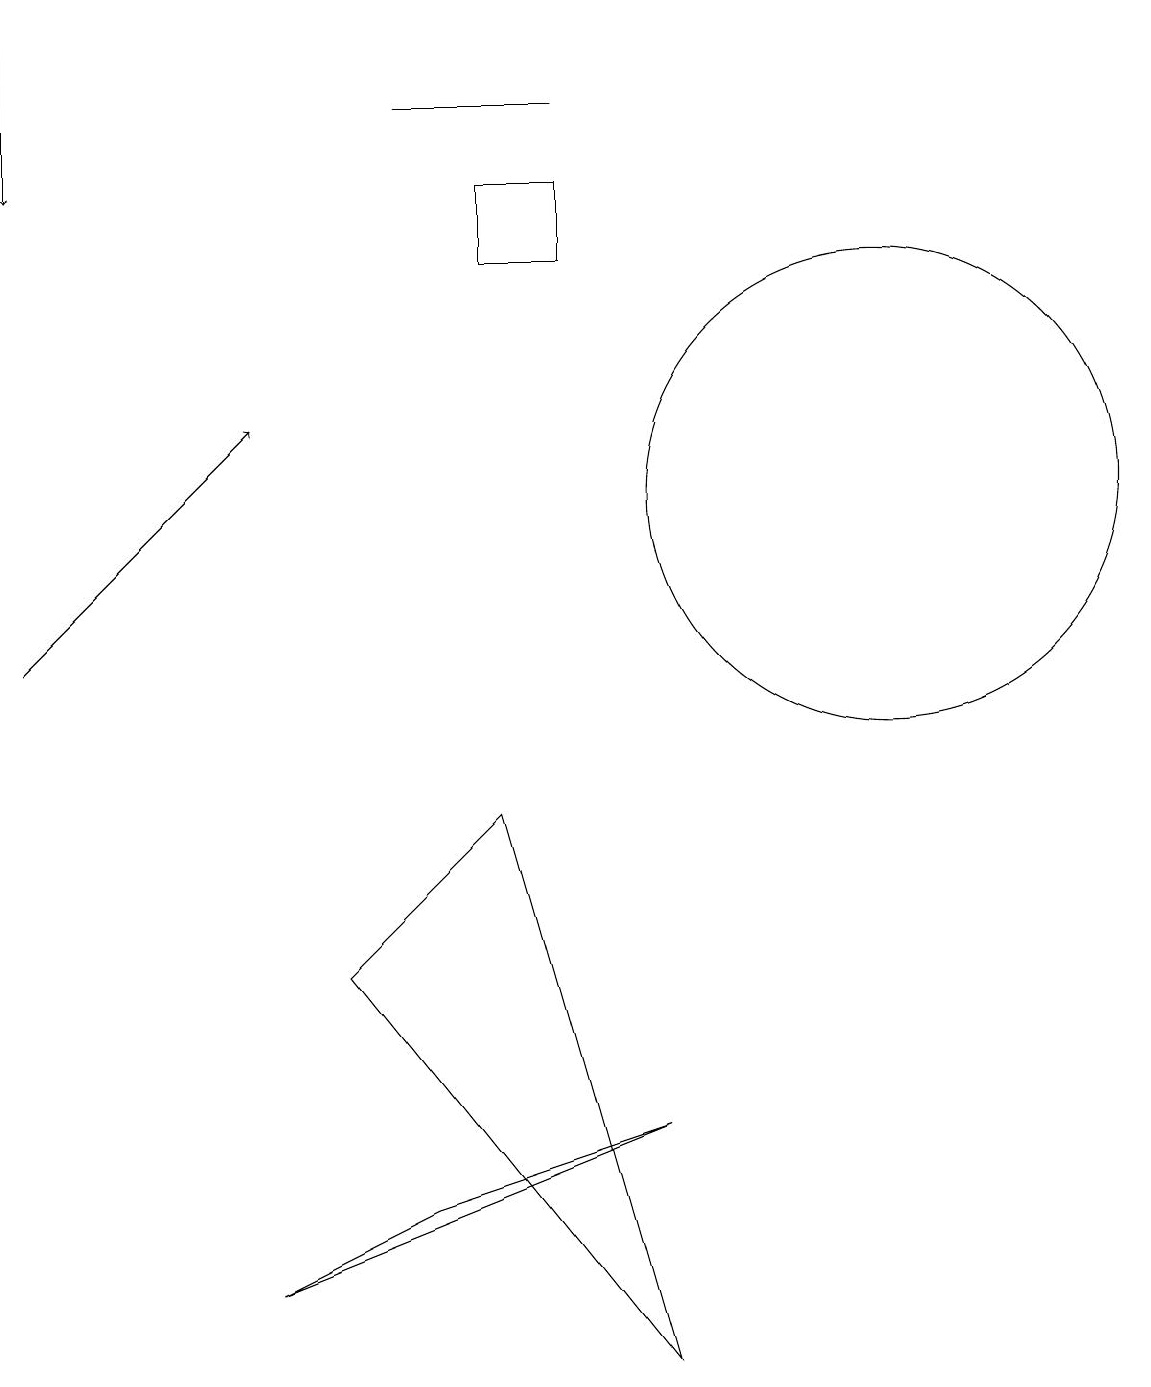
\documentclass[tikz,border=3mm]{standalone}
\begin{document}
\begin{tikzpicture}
\draw[->] (0,10) -- (3,13);
\draw (7,17) rectangle (5,17);
\draw[->] (0,18) -- (0,16);
\draw (6,16) rectangle (7,15);
\draw (8,1) -- (6,8) -- (4,6) -- cycle;
\draw (3,2) -- (5,3) -- (8,4) -- cycle;
\draw (11,12) circle (3);
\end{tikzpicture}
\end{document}